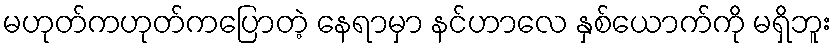
မဟုတ်ကဟုတ်ကပြောတဲ့ နေရာမှာ နင်ဟာလေ နှစ်ယောက်ကို မရှိဘူး